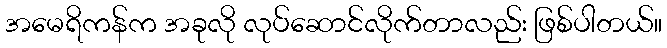
အမေရိကန်က အခုလို လုပ်ဆောင်လိုက်တာလည်း ဖြစ်ပါတယ်။